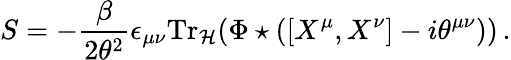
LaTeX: S=-\frac{\beta}{2\theta^{2}}\epsilon_{\mu\nu}{\mathrm{Tr}}_{{\cal H}}(\Phi\star([X^{\mu},X^{\nu}]-i\theta^{\mu\nu}))\, .